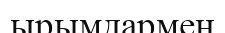
ырымдармен